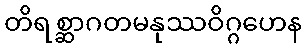
တိရစ္ဆာဂတမနုဿဝိဂ္ဂဟေန